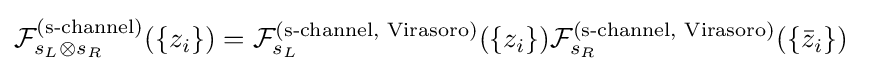
{\mathcal {F}}_{s_{L}\otimes s_{R}}^{\text{(s-channel)}}(\{z_{i}\})={\mathcal {F}}_{s_{L}}^{\text{(s-channel, Virasoro)}}(\{z_{i}\}){\mathcal {F}}_{s_{R}}^{\text{(s-channel, Virasoro)}}(\{{\bar {z}}_{i}\})\